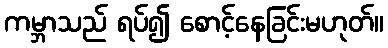
ကမ္ဘာသည် ရပ်၍ စောင့်နေခြင်းမဟုတ်။